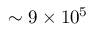
\sim 9 \times 1 0 ^ { 5 }